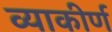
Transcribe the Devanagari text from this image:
व्याकीर्ण